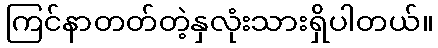
ကြင်နာတတ်တဲ့နှလုံးသားရှိပါတယ်။